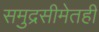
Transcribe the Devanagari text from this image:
समुद्रसीमेतही